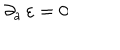
LaTeX: \partial _ { a } \, \varepsilon = 0